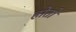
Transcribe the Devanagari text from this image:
होतों